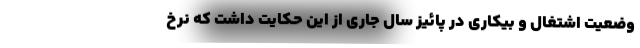
وضعیت اشتغال و بیکاری در پائیز سال جاری از این حکایت داشت که نرخ